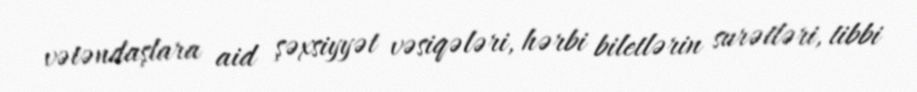
vətəndaşlara aid şəxsiyyət vəsiqələri, hərbi biletlərin surətləri, tibbi